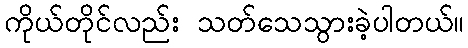
ကိုယ်တိုင်လည်း သတ်သေသွားခဲ့ပါတယ်။